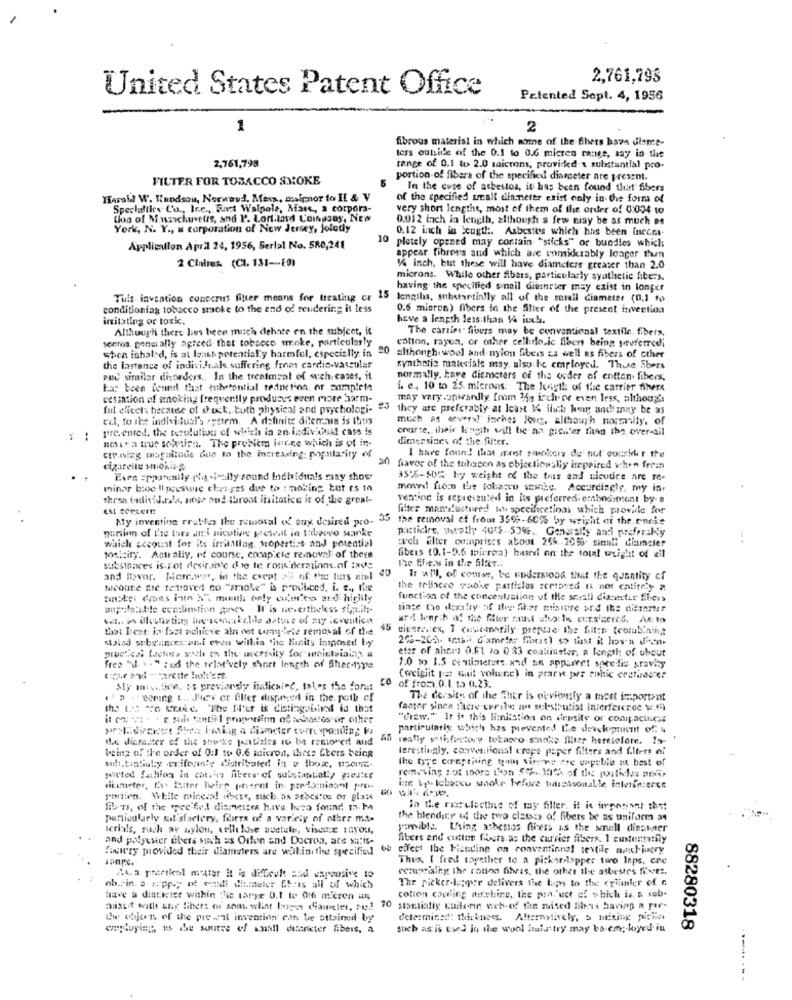
2,761,798
United States Patent Office
Patented Sept. 4, 1956
1
2
fibrous material in which note of the-fihers base diance-
2,761,793
tess outside of the 0.1 to 0.6 miczen range, say in the
range of 0.1 to 2.0 microns, provided & substantial pro-
FILTER FOR TOBACCO SMOKE
portion of fibers of the specified diameter are present.
In the case of asbestos, it has been found that' fibers
Harold W. Handson, Norwood. Mars, malenor to IL & V
of the specified small dinmeter exist only in the form of
Specluftles Co ., Inc ., But Walpole, Mars ., a corpora-
very short lengths, most of them of the order of 0:004 to
boa of Massachusetts, and P. Lort.ind Coinsony, New
0.012 tach in length, although a few may be as much pe
York, N. Y ., x corporation of New Jersey, jolody
0.12 inch in Scugth :. Asbestes which has been inecet-
10
Application April 24, 1956, Serial No. 580,241
pletely opened may contain "sticks" or bundles which
2 Claims (CI. 131-10)
appear fibrons and which are considerably longer thun
1/4 inch, but these will have diameters greater than 2.0
microns. While other fibars, particularly synthetic fibers.
having the specified snail dienster may exist in longer
Tuls. invention concerus filter means for treating cr 15 lengths, substartinlly all of the snill diameter (0,1 to
conditioniag tobacco smoke to the end of rendering it less
0.6 mioron) fibers in the filter of the present invention
irritating or toxic.
have a length less than 14 inch.
Although there hes been musch dehate en the subject, it
The carries fibers may be conventional textile. fibers.
seems. genui ally agreed that tobsece stroke, particularly
cotton, rayon, or other cellulo ic fibers being preferredi
shen inhaled, is at least potentially harmful, especially in "
20
although.wool and- nylon fibers as well as fibers of cther
the lastance of individuals suffering from cardio-vascular
synthetic materials may also be employed. Thise Abers
Puc similar disorders ,, In the treatment of such cases, it
normally, have dinmeters of the order of entten. fibers;
has been icune that eithertontial teduction. or complete
i. e ., 10 to 25. microns: The Jegtl of the carrier fihere
cessation of smoking frequently produces even more Sarm-
may vary .opwardly from My isch or even less, although
fut effects because of shock. both physical and psychologi-
they are preferably at least W ilich her and may be as
exl, to the individual's system. A definite dilemma is thus
much as severu inches Jont. although normally. of
pre. ented. the tetulution of which in an individual cass is
charte, theis koh will be na greifer then thy over-dil
nesera trus schien. The probicm Iutre which is of in-
dimensions of the filter.
I have found that mest smokeis de' nul' consikt the
cre.nizg magnitude due to the increasing: popularity «f
cigarette smoking
favor of the tobacen as objectionsly irepaired when frean
Even =ppa enily (hg -ically sound Individuals may show
355-505 by weight of the tras and nicotine are re-
minor bloc-Il presse cheages dur to : moking tut es in
moved from the tobacco snicke. Accordingly, my in.
these individuals, ange and throat insitotice is of the great-
vention is represented in its preferred: embodiment by-a
est certern
filter manufactured loh specificetions which provide for
My inventing rrables the removal of ouy desired pro-
the removal of from 359%-60% by wright of the.encie
nonion of the tars att:I pucuting present in trovo stinke
particles, wwally 4015-50%. Generally andi prefersky
which account for its initiling tropertics and potential
tuch filter comprises about 25%. 2055 simli diumcler
postcity. Actrally, of course, compiche removal of theve
fibers (0.1-0.6 mpicrea) busrsi on the total weight of zil
the Eherw in the Sier ..
Siestoaces is rot desirable die te rons derations.of ixde
and flavor. Mere.wer, in the event 2'S of the furs amel
Ir will, of course, be rudersions that the quantity ef
Medlite fre fettaved no "smoke" is proibiced, i. e ., the
the teliacce sadie particles aceroved is not calicely a
notes crons inte N" maatl only cui'or'ess and higlily
function of the concentration of the seeall diasettir fibers
unpelstelle eveslimtion gases Il is nevertheless sig.ils-
since to dexstry of iler fiber mixture bird the dieimmer
ard length of the ffiter runt ufo: In cursiceres. At.to
that Irent in fact achieve aln det complete removal of the
45 civeraes, I cusicanarily prepare the fiit:n (combining
staied substances;ani even withis tito Kinits intposed by
260-20h. smasii G'smeter fracs) so that it lay's ofice.
muctica factors xochi oss the necessity for wnietwinings a
etor of ahert o.fl to 0 33 coalticeter, a length of ubout
free "d. . . " : ud the telat'vely short length of Sher-typte
1:0 10 1.5 centimeters. and an appareet speelis sravhy
the and - varette Hold'em
(weiglit per mail volunc) in prarw jes cobic celliderer
My asstive, as previously italicainc, tales the font
of from.0.1. 15 0.23.
.a . "coring L .. Jev or filter dispeed in the path of
The dersite of the Shier is obviously a most important
the 1.5 * stoic. "The fi'er is distinguished io that
fanger sipen facre eerily no sulestrutist Interference w.1)
"crew." It it this limitation on densite or conipacincas
particulariy which has prevented the devekipruncut of u
the diarester of the sowke jantiales to be restored alid
45 really pathfistovy tobacco smoke fluter heretolore. 19-
being of the order of 0:1 19 0.6 micron, these Eters being
terestingly, conventional crepe paper filters and f.ltree of
the tyre constiding ton vivere are capable at best of
silt,tisSuly -eriforn'y distribated in y (box, useme-
joieted fachion in car.les fibers of substantially gresite
removing sot iDors L'an 56 Mith, of the postieles meir
dikimeter, thy Butter living present in predominant pro-
inte Vp. leborcu smoke before titreasonsLle interference
rartien. White mineral where, such as asbestos or glan
films, of the specified diameter hive bura found m. M
In the race ciesthe of my filter, it is imposant thet
particularly Eit'sfactory, fibers of a variety of other ma-
the blending of the two classes of fibers be as uniform 34
Icrials, such av nylon, cellulose nuetute, viser inyou,
possible. Using asbestos fiers is the serull dieabner
and polyester ubers such as Orlon and Docron, are sutis-
Aters and cutten fibers as the carrier fibers. 1 customethy
factory provided their diameters are wahin the specified
66 effect the Fiending on conventional textile machinery
Thus, I fred together to a pickerslapper two Inps, end
vezuprising the rotina fibras, the other the asbestes fixtz.
14.a preetiesl matter it is dificult and expansive to
The picker-lepper delivers the taps to the crEinler of n
ob.rin. a app.y of vonili Ciumeier Gfees all of which
Have a dincwvier within "hic tarye 0.1 to 016 micron un
colton carling machine, the pea 'wet of which is a sub-
auxet with shy fibers of shin. wliat lones diameter, ; 1 70 stortialig kuilerin web-of the mised fibers having a por-
Stortidlig Kuilerin web.of the maised fibers having a par-
Cie chjces of the pre ent invention can be attained by
determined: thickness.
Alternatively, > mining pieno
employing, es the source of all detnieter fibers. a
such as is eund in the wool hala try may bo em; loyed in
88280318